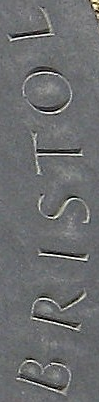
BRISTOL